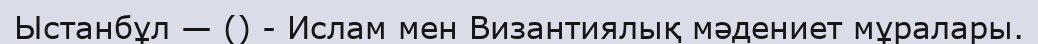
Ыстанбұл — () - Ислам мен Византиялық мәдениет мұралары.